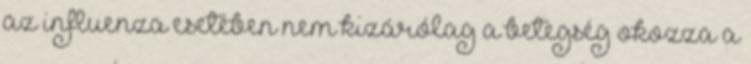
az influenza esetében nem kizárólag a betegség okozza a